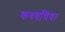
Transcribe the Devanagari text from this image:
कयबचिया